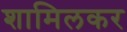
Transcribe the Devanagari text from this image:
शामिलकर